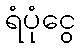
ရံပုံငွေ